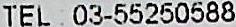
TEL : 03-55250588